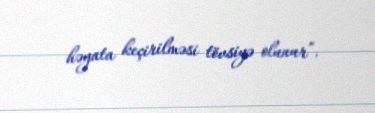
həyata keçirilməsi tövsiyə olunur”.